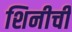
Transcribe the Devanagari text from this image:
शिनीची